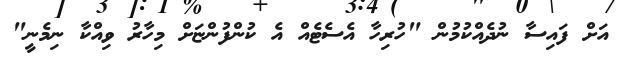
އަށް ފައިސާ ނުދެއްކުމުން "ހުރިހާ އެސެޓެއް އެ ކުންފުންޏަށް މިހާރު ވިއްކާ ނިމެނީ"